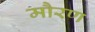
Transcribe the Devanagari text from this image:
मौरण